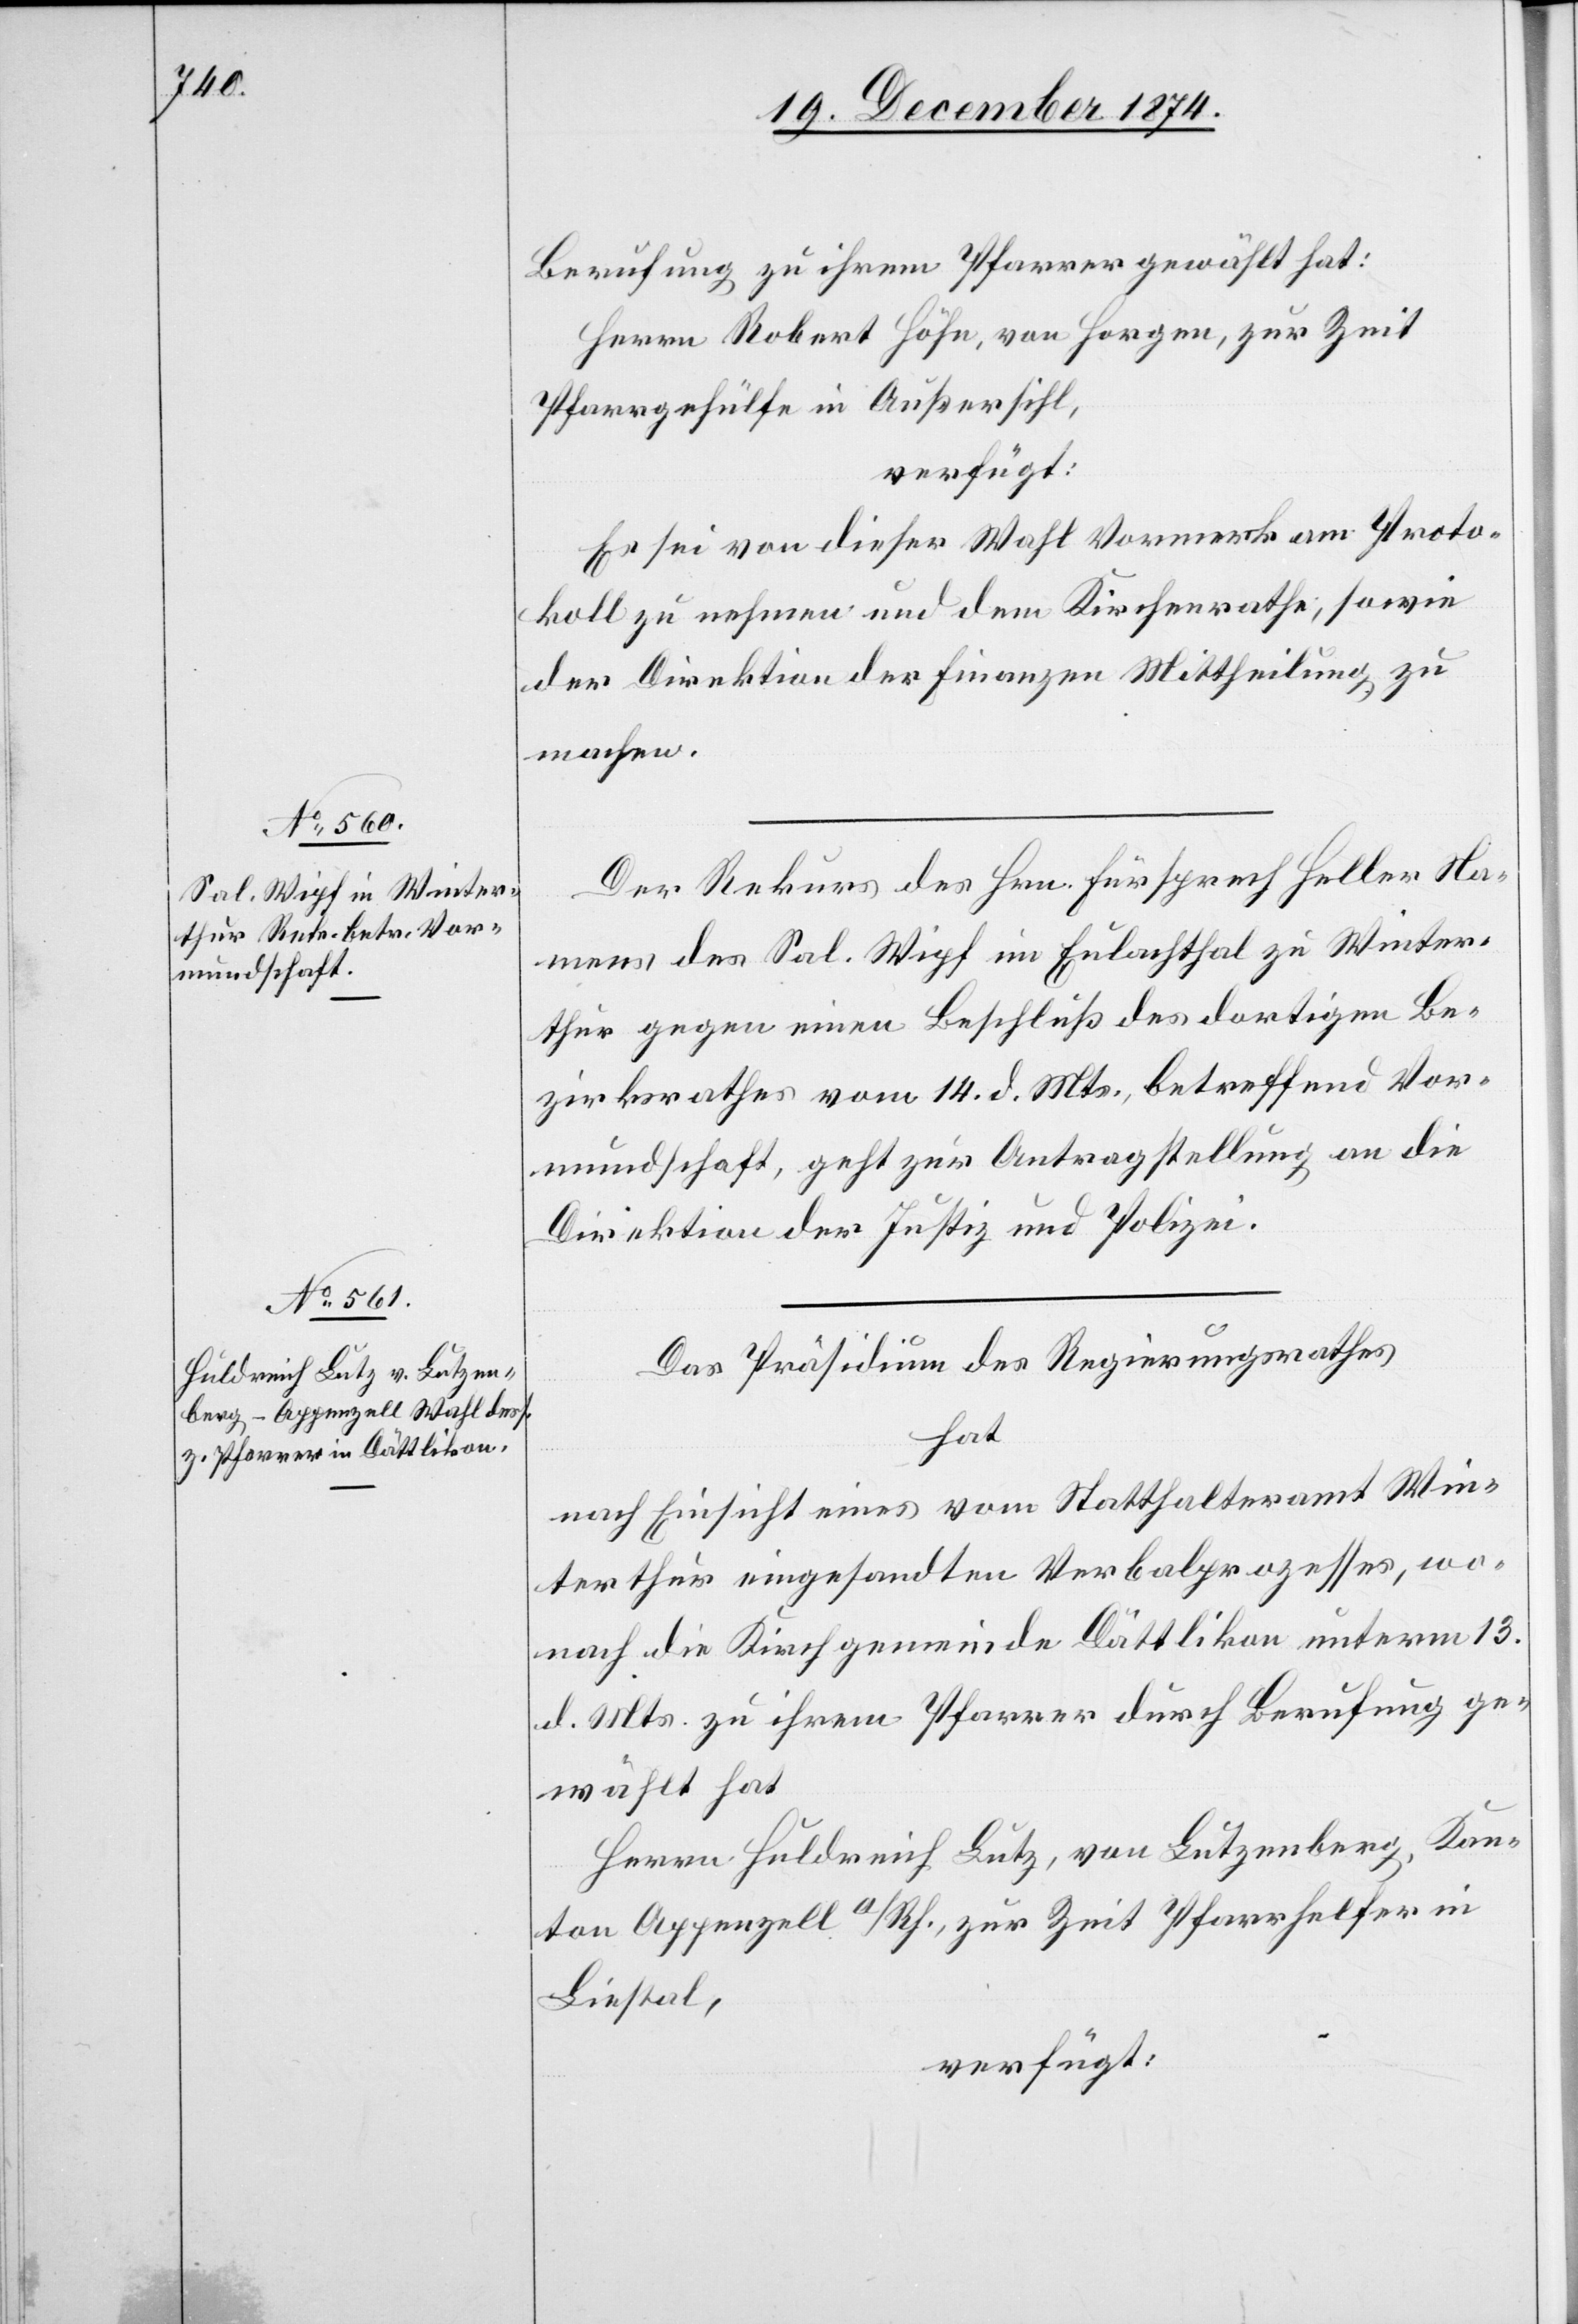
19. December 1874.]
Berufung zu ihrem Pfarrer gewählt hat:
Herrn Robert Höhn, von Horgen, zur Zeit
Pfarrgehülfe in Außersihl,
verfügt:
Es sei von dieser Wahl Vormerk am Proto¬
koll zu nehmen und dem Kirchenrathe, sowie
der Direktion der Finanzen Mittheilung zu
machen.
Der Rekurs des Hrn. Fürsprech Heller Na¬
mens des Sal. Wipf im Eulachthal zu Winter¬
thur gegen einen Beschluß des dortigen Be¬
zirksrathes vom 14. d. Mts., betreffend Vor¬
mundschaft, geht zur Antragstellung an die
Direktion der Justiz und Polizei.
Das Präsidium des Regierungsrathes
hat
nach Einsicht eines vom Statthalteramt Win¬
terthur eingesandten Verbalprozesses, wo¬
nach die Kirchgemeinde Dättlikon unterm 13.
d. Mts. zu ihrem Pfarrer durch Berufung ge¬
wählt hat
Herrn Huldrich Lutz, von Lutzenberg, Kan¬
ton Appenzell a/Rh., zur Zeit Pfarrhelfer in
Liestal,
verfügt: